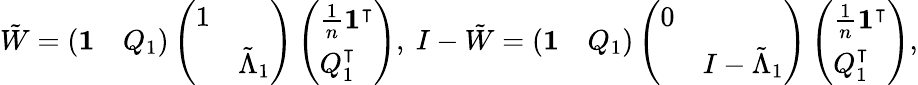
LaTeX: \begin{array}{r}{\tilde{W}=\left(\begin{array}{ll}{\mathbf{1}}&{Q_{1}}\end{array}\right)\left(\begin{array}{ll}{1}&\\ &{\tilde{\Lambda}_{1}}\end{array}\right)\left(\begin{array}{l}{\frac{1}{n}\mathbf{1}^{\intercal}}\\ {Q_{1}^{\intercal}}\end{array}\right),\ I-\tilde{W}=\left(\begin{array}{ll}{\mathbf{1}}&{Q_{1}}\end{array}\right)\left(\begin{array}{ll}{0}&\\ &{I-\tilde{\Lambda}_{1}}\end{array}\right)\left(\begin{array}{l}{\frac{1}{n}\mathbf{1}^{\intercal}}\\ {Q_{1}^{\intercal}}\end{array}\right),}\end{array}